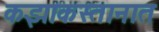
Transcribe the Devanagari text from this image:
कझाकस्तानात